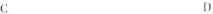
C D